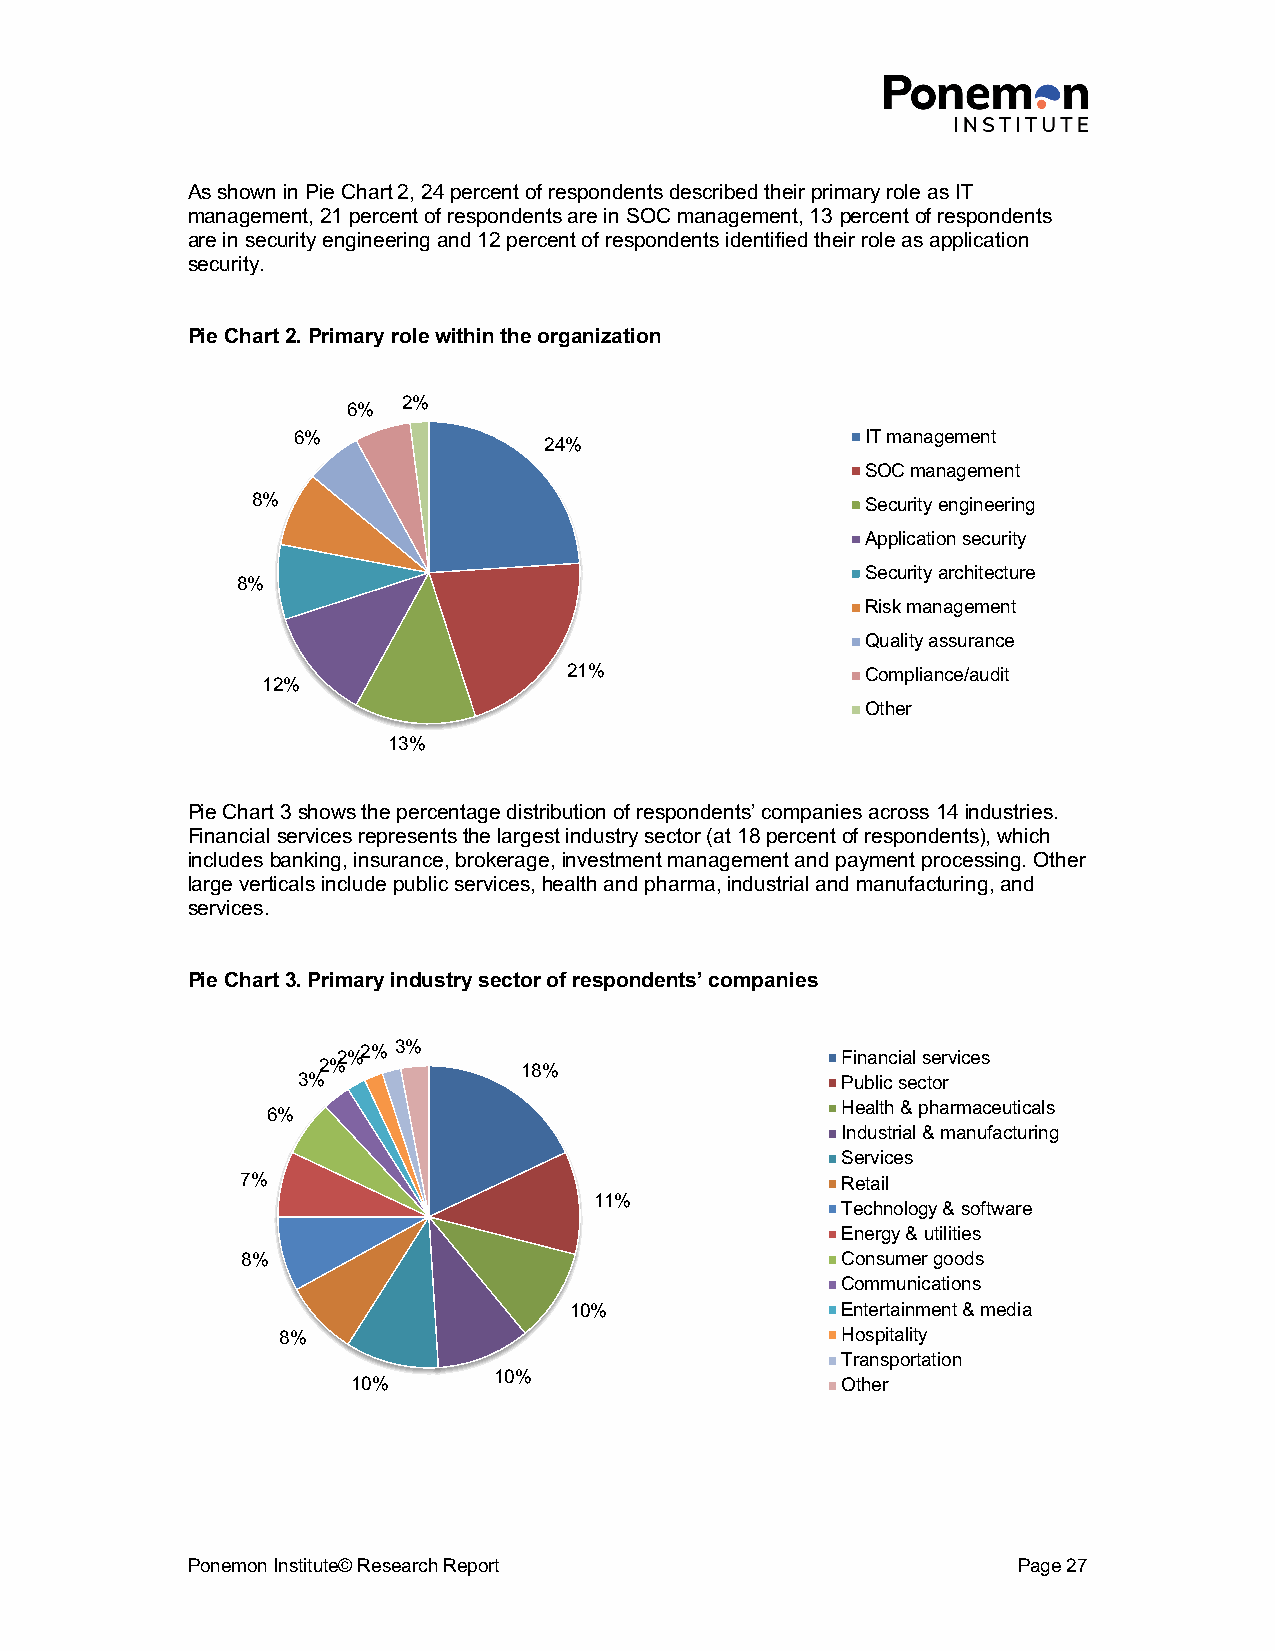
As shown in Pie Chart 2, 24 percent of respondents described their primary role as IT
 management, 21 percent of respondents are in SOC management, 13 percent of respondents
 are in security engineering and 12 percent of respondents identified their role as application
 security.
 Pie Chart 2. Primary role within the organization
 2%
 6%
 6%                                    IT management
 24%
 SOC management
 8%                                      Security engineering
 Application security
 Security architecture
 8%
 Risk management
 Quality assurance
 21%                Compliance/audit
 12%
 Other
 13%
 Pie Chart 3 shows the percentage distribution of respondents’ companies across 14 industries.
 Financial services represents the largest industry sector (at 18 percent of respondents), which
 includes banking, insurance, brokerage, investment management and payment processing. Other
 large verticals include public services, health and pharma, industrial and manufacturing, and
 services.
 Pie Chart 3. Primary industry sector of respondents’ companies
 2%2% 3%                           Financial services
 2%           18%
 3%                                  Public sector
 Health & pharmaceuticals
 6%
 Industrial & manufacturing
 Services
 7%                                      Retail
 11%
 Technology & software
 Energy & utilities
 8%                                      Consumer goods
 Communications
 10%               Entertainment & media
 8%                                   Hospitality
 Transportation
 10%
 10%                              Other
 Ponemon Institute© Research Report                     Page 27